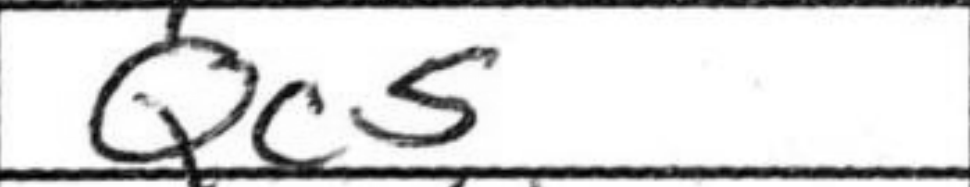
Transcription: Qc5